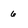
Character: 6